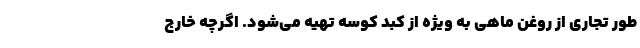
طور تجاری از روغن ماهی به ویژه از کبد کوسه تهیه می‌شود. اگرچه خارج